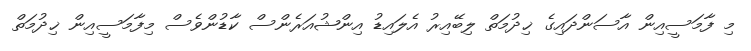
މި ފާމަސީއިން އާސަންދައިގެ ޚިދުމަތް ލިބޭއިރު އެލައިޑު އިންޝުއަރެންސް ކާޑުންވެސް މިފާމަސީއިން ޚިދުމަތް